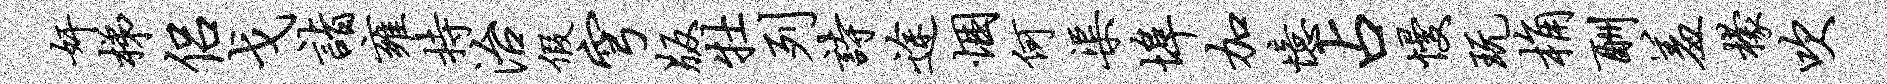
奸梯侣戈诣雍持治假穹版牡列诗途悃何渠埠加忆占慢玩桷酬羞檬吹